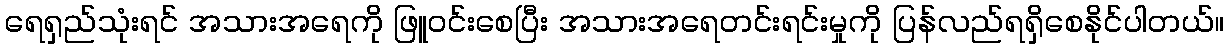
ရေရှည်သုံးရင် အသားအရေကို ဖြူဝင်းစေပြီး အသားအရေတင်းရင်းမှုကို ပြန်လည်ရရှိစေနိုင်ပါတယ်။